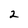
Character: 2